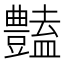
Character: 𧰟